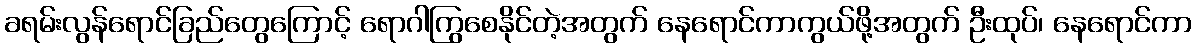
ခရမ်းလွန်ရောင်ခြည်တွေကြောင့် ရောဂါကြွစေနိုင်တဲ့အတွက် နေရောင်ကာကွယ်ဖို့အတွက် ဦးထုပ်၊ နေရောင်ကာ